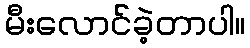
မီးလောင်ခဲ့တာပါ။